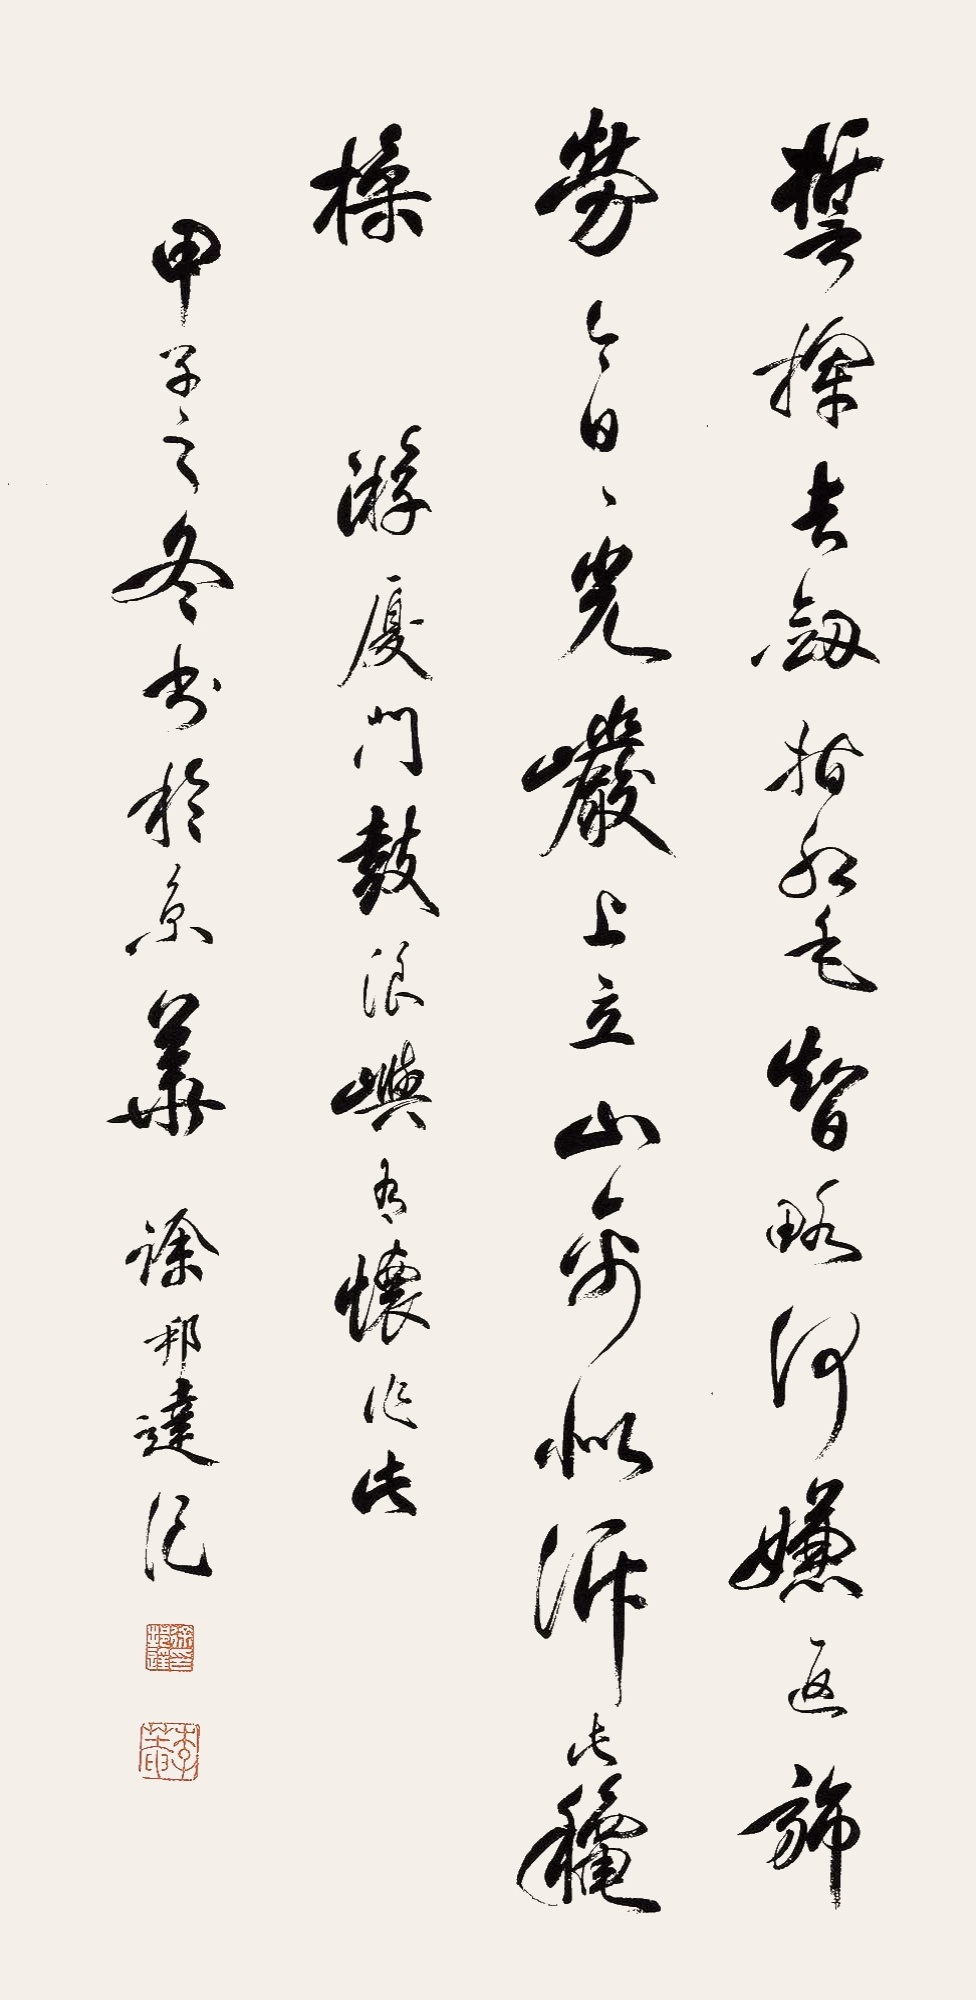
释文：誓挥长剑擒红毛，智略何嫌返旆劳。今日日光岩上立，山禽似诉此秋操。游厦门鼓浪屿有怀作此。甲子之冬书于京华，徐邦达记。